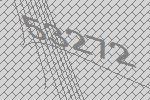
53272